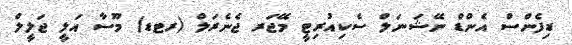
ޑިފެންސް އެންޑް ނޭޝަނަލް ސެކިއުރިޓީ މޭޖަރ ޖެނެރަލް (ރޓޑ) މޫސާ އަލީ ޖަލީލް